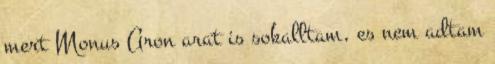
mert Monus Aron arat is sokalltam, es nem adtam